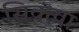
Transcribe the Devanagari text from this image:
सिक्त्वा